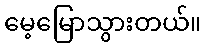
မေ့မြောသွားတယ်။